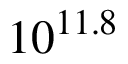
1 0 ^ { 1 1 . 8 }